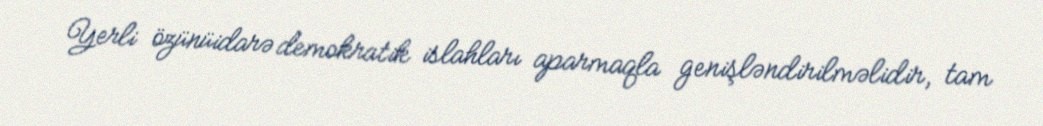
Yerli özünüidarə demokratik islahları aparmaqla genişləndirilməlidir, tam